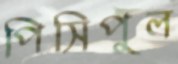
পিসিপুল